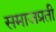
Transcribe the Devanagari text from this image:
समाजप्रती